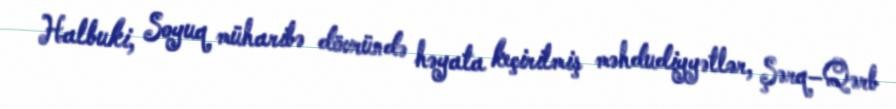
Halbuki, Soyuq müharibə dövründə həyata keçirilmiş məhdudiyyətlər, Şərq–Qərb